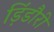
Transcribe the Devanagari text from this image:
ड़िंडौरी